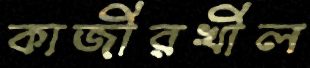
কাজীরখীল